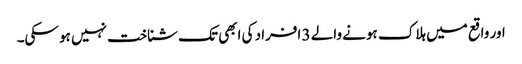
اور واقع میں ہلاک ہونے والے 3 افراد کی ابھی تک شناخت نہیں ہو سکی۔